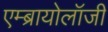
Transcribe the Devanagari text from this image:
एम्ब्रायोलॉजी